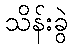
သိန်းခွဲ